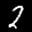
Label: 2